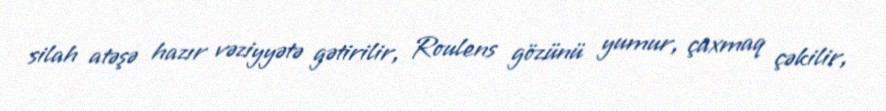
silah atəşə hazır vəziyyətə gətirilir, Roulens gözünü yumur, çaxmaq çəkilir,